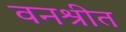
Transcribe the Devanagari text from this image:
वनश्रीत